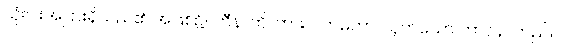
သုံးပါးအပြားရှိသည်၏ အဖြစ်၌။ ဟီနာတိ၊ ကား။ လာမကာ၊ ယုတ်သော ဘာဝနာတည်း။